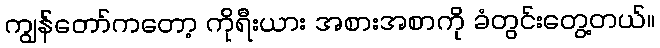
ကျွန်တော်ကတော့ ကိုရီးယား အစားအစာကို ခံတွင်းတွေ့တယ်။